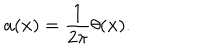
LaTeX: a ( { \bf x } ) = \frac { 1 } { 2 \pi } \theta ( { \bf x } ) .